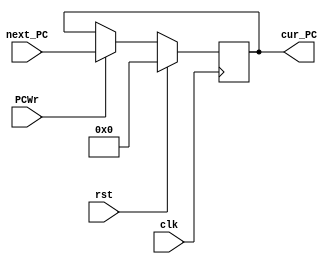
`timescale 1ns / 1ps
//////////////////////////////////////////////////////////////////////////////////
// Company: 
// Engineer: 
// 
// Design Name: 
// Module Name: PC
// Project Name: 
// Target Devices: 
// Tool Versions: 
// Description: 
// 
// Dependencies: 
// 
// Revision:
// Revision 0.01 - File Created
// Additional Comments:
// 
//////////////////////////////////////////////////////////////////////////////////


module PC(
    input             clk,
    input             rst,
    input             PCWr,
    input      [31:0] next_PC,
    output reg [31:0] cur_PC
);
    initial begin
        cur_PC = 32'd0;
    end

    always @(negedge clk) begin
        if (rst) begin
            cur_PC <= 0;
        end
        else begin
            if (PCWr) begin
                cur_PC <= next_PC;
            end
            else begin
                cur_PC <= cur_PC;
            end
        end
    end
    
endmodule